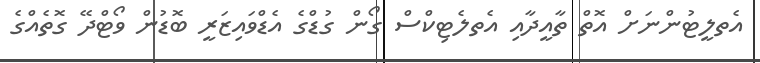
އެތލީޓުންނަށް އޮތް ތާއީދާއި އެތލެޓިކްސް ގޯން ގުޑްގެ އެޑްވައިޒަރީ ބޮޑުން ވޯޓްދޭ ގޮތެއްގެ